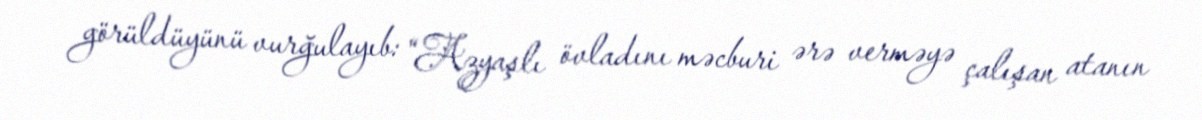
görüldüyünü vurğulayıb: “Azyaşlı övladını məcburi ərə verməyə çalışan atanın